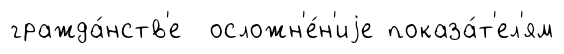
гражда́нств'е осложн'е́н'иjе показа́т'ел'ям